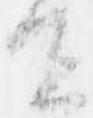
宜